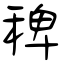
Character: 稗